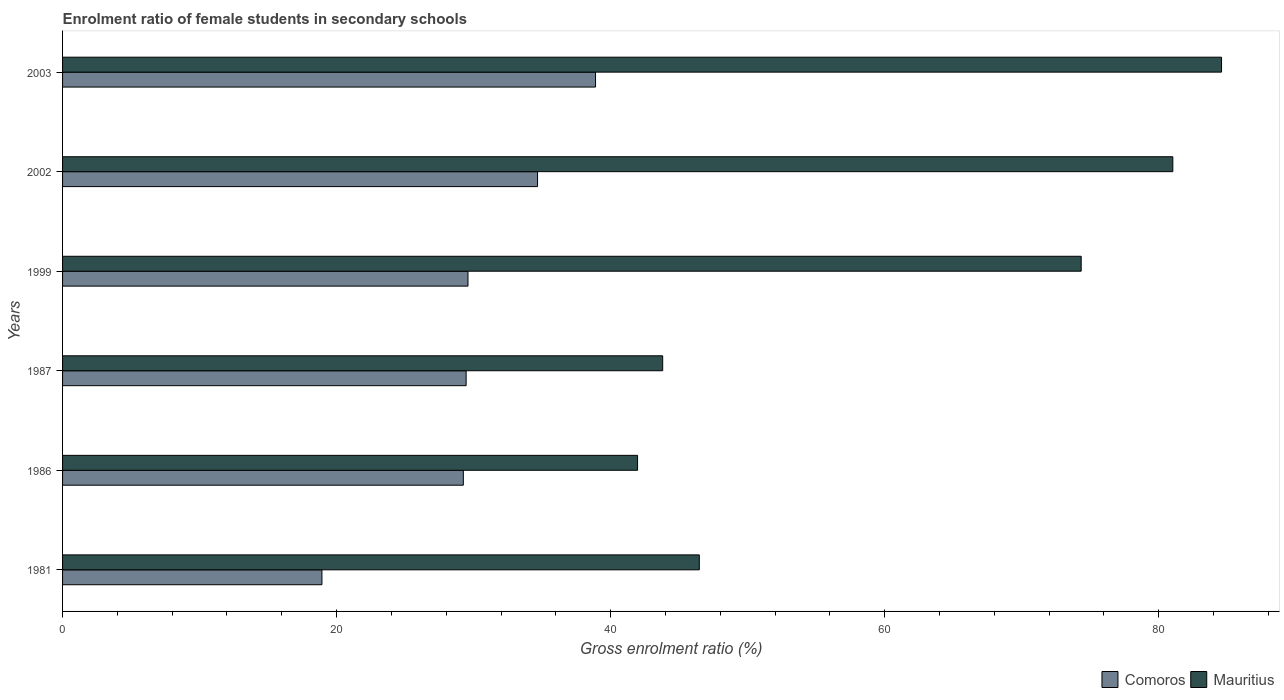
| Years | Comoros | Mauritius |
 | --- | --- | --- |
 | 1981 | 18.9 | 46.5 |
 | 1986 | 29.3 | 42 |
 | 1987 | 29.5 | 43.8 |
 | 1999 | 29.6 | 74.3 |
 | 2002 | 34.7 | 81 |
 | 2003 | 38.9 | 84.6 |